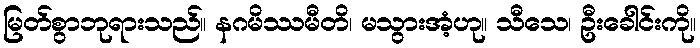
မြတ်စွာဘုရားသည်။ နဂမိဿမီတိ၊ မသွားအံ့ဟု။ သီသေ၊ ဦးခေါင်းကို။